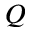
Q